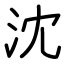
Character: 沈